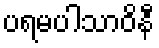
ပရမပါသာဝိနီ